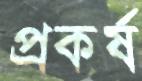
প্রকর্ষ